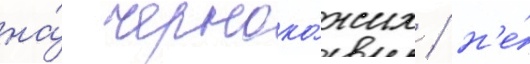
на́ черноко́жих / н'е́